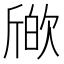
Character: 𣣪